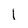
Character: l